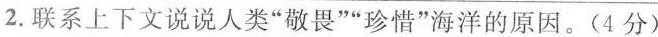
2.联系上下文说说人类”敬畏””珍惜”海洋的原因。(4分)